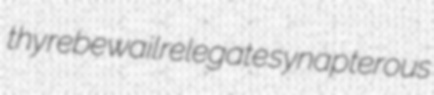
thy rebewail relegate synapterous